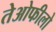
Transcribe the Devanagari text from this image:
तेओफीलो